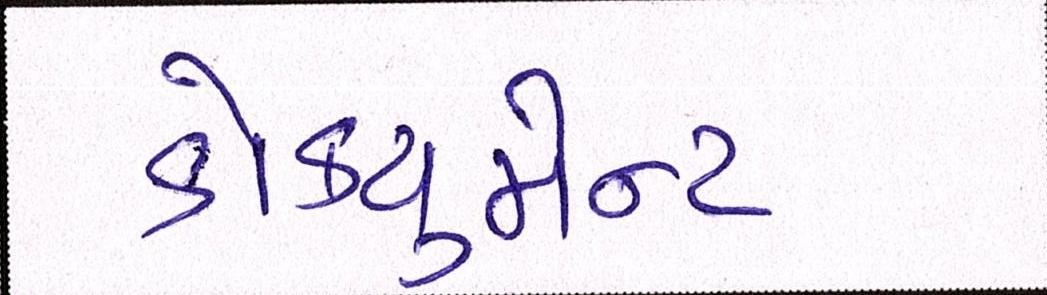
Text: ડોકયુમેન્ટ